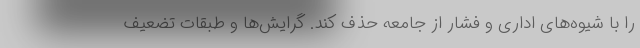
را با شیوه‌های اداری و فشار از جامعه حذف کند. گرایش‌ها و طبقات تضعیف